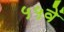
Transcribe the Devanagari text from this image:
५५वें